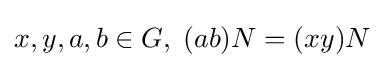
x,y,a,b\in G,\;(ab)N=(xy)N